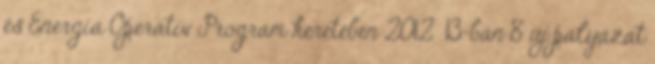
és Energia Operatív Program keretében 2012 13-ban 8 új pályázat